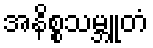
အနိစ္စသမ္ဘူတံ